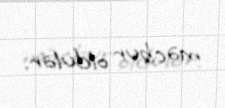
məcbur oldular.